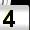
Digit: 4